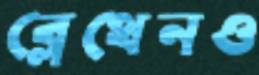
ব্লেথেনও